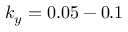
k _ { y } = 0 . 0 5 - 0 . 1